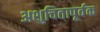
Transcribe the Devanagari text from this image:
अशुचितापूर्वक